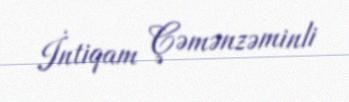
İntiqam Çəmənzəminli